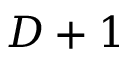
D + 1